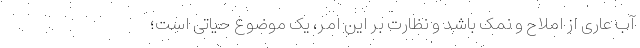
آب عاری از املاح و نمک باشد و نظارت بر این امر، یک موضوع حیاتی است؛